Vaccination in Burma 1900-1911 - 1900-1911
Year: 1900
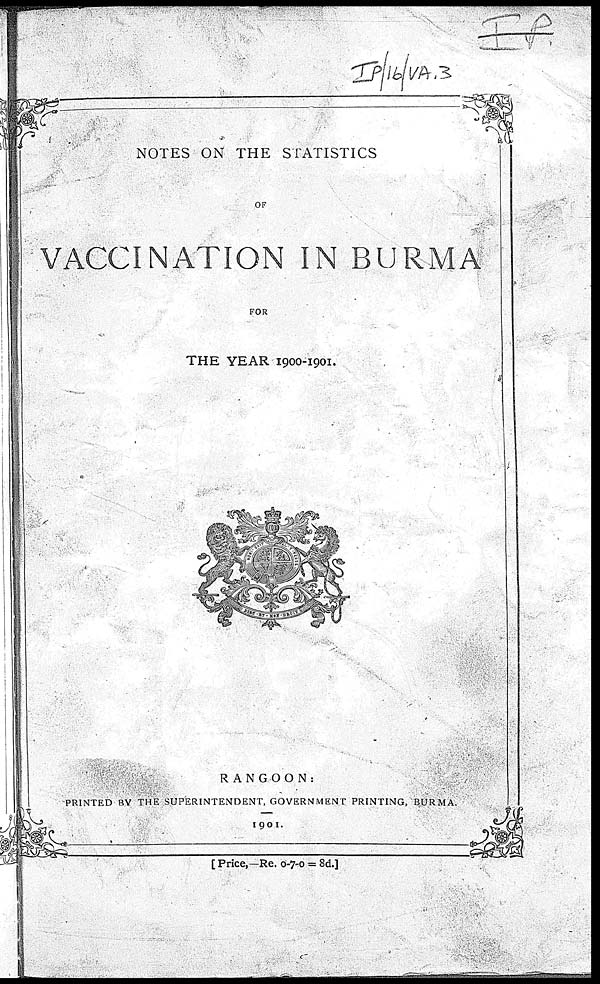
NOTES ON THE STATISTICS
OF
VACCINATION IN BURMA
FOR
THE YEAR 1900-1901.
RANGOON:
PRINTED BY THE SUPERINTENDENT, GOVERNMENT PRINTING, BURMA.
1901.
[ Price,—Re. 0-7-0 = 8d.]